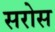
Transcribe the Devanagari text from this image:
सरोस